Trukikaitis_Postimees, lk 190
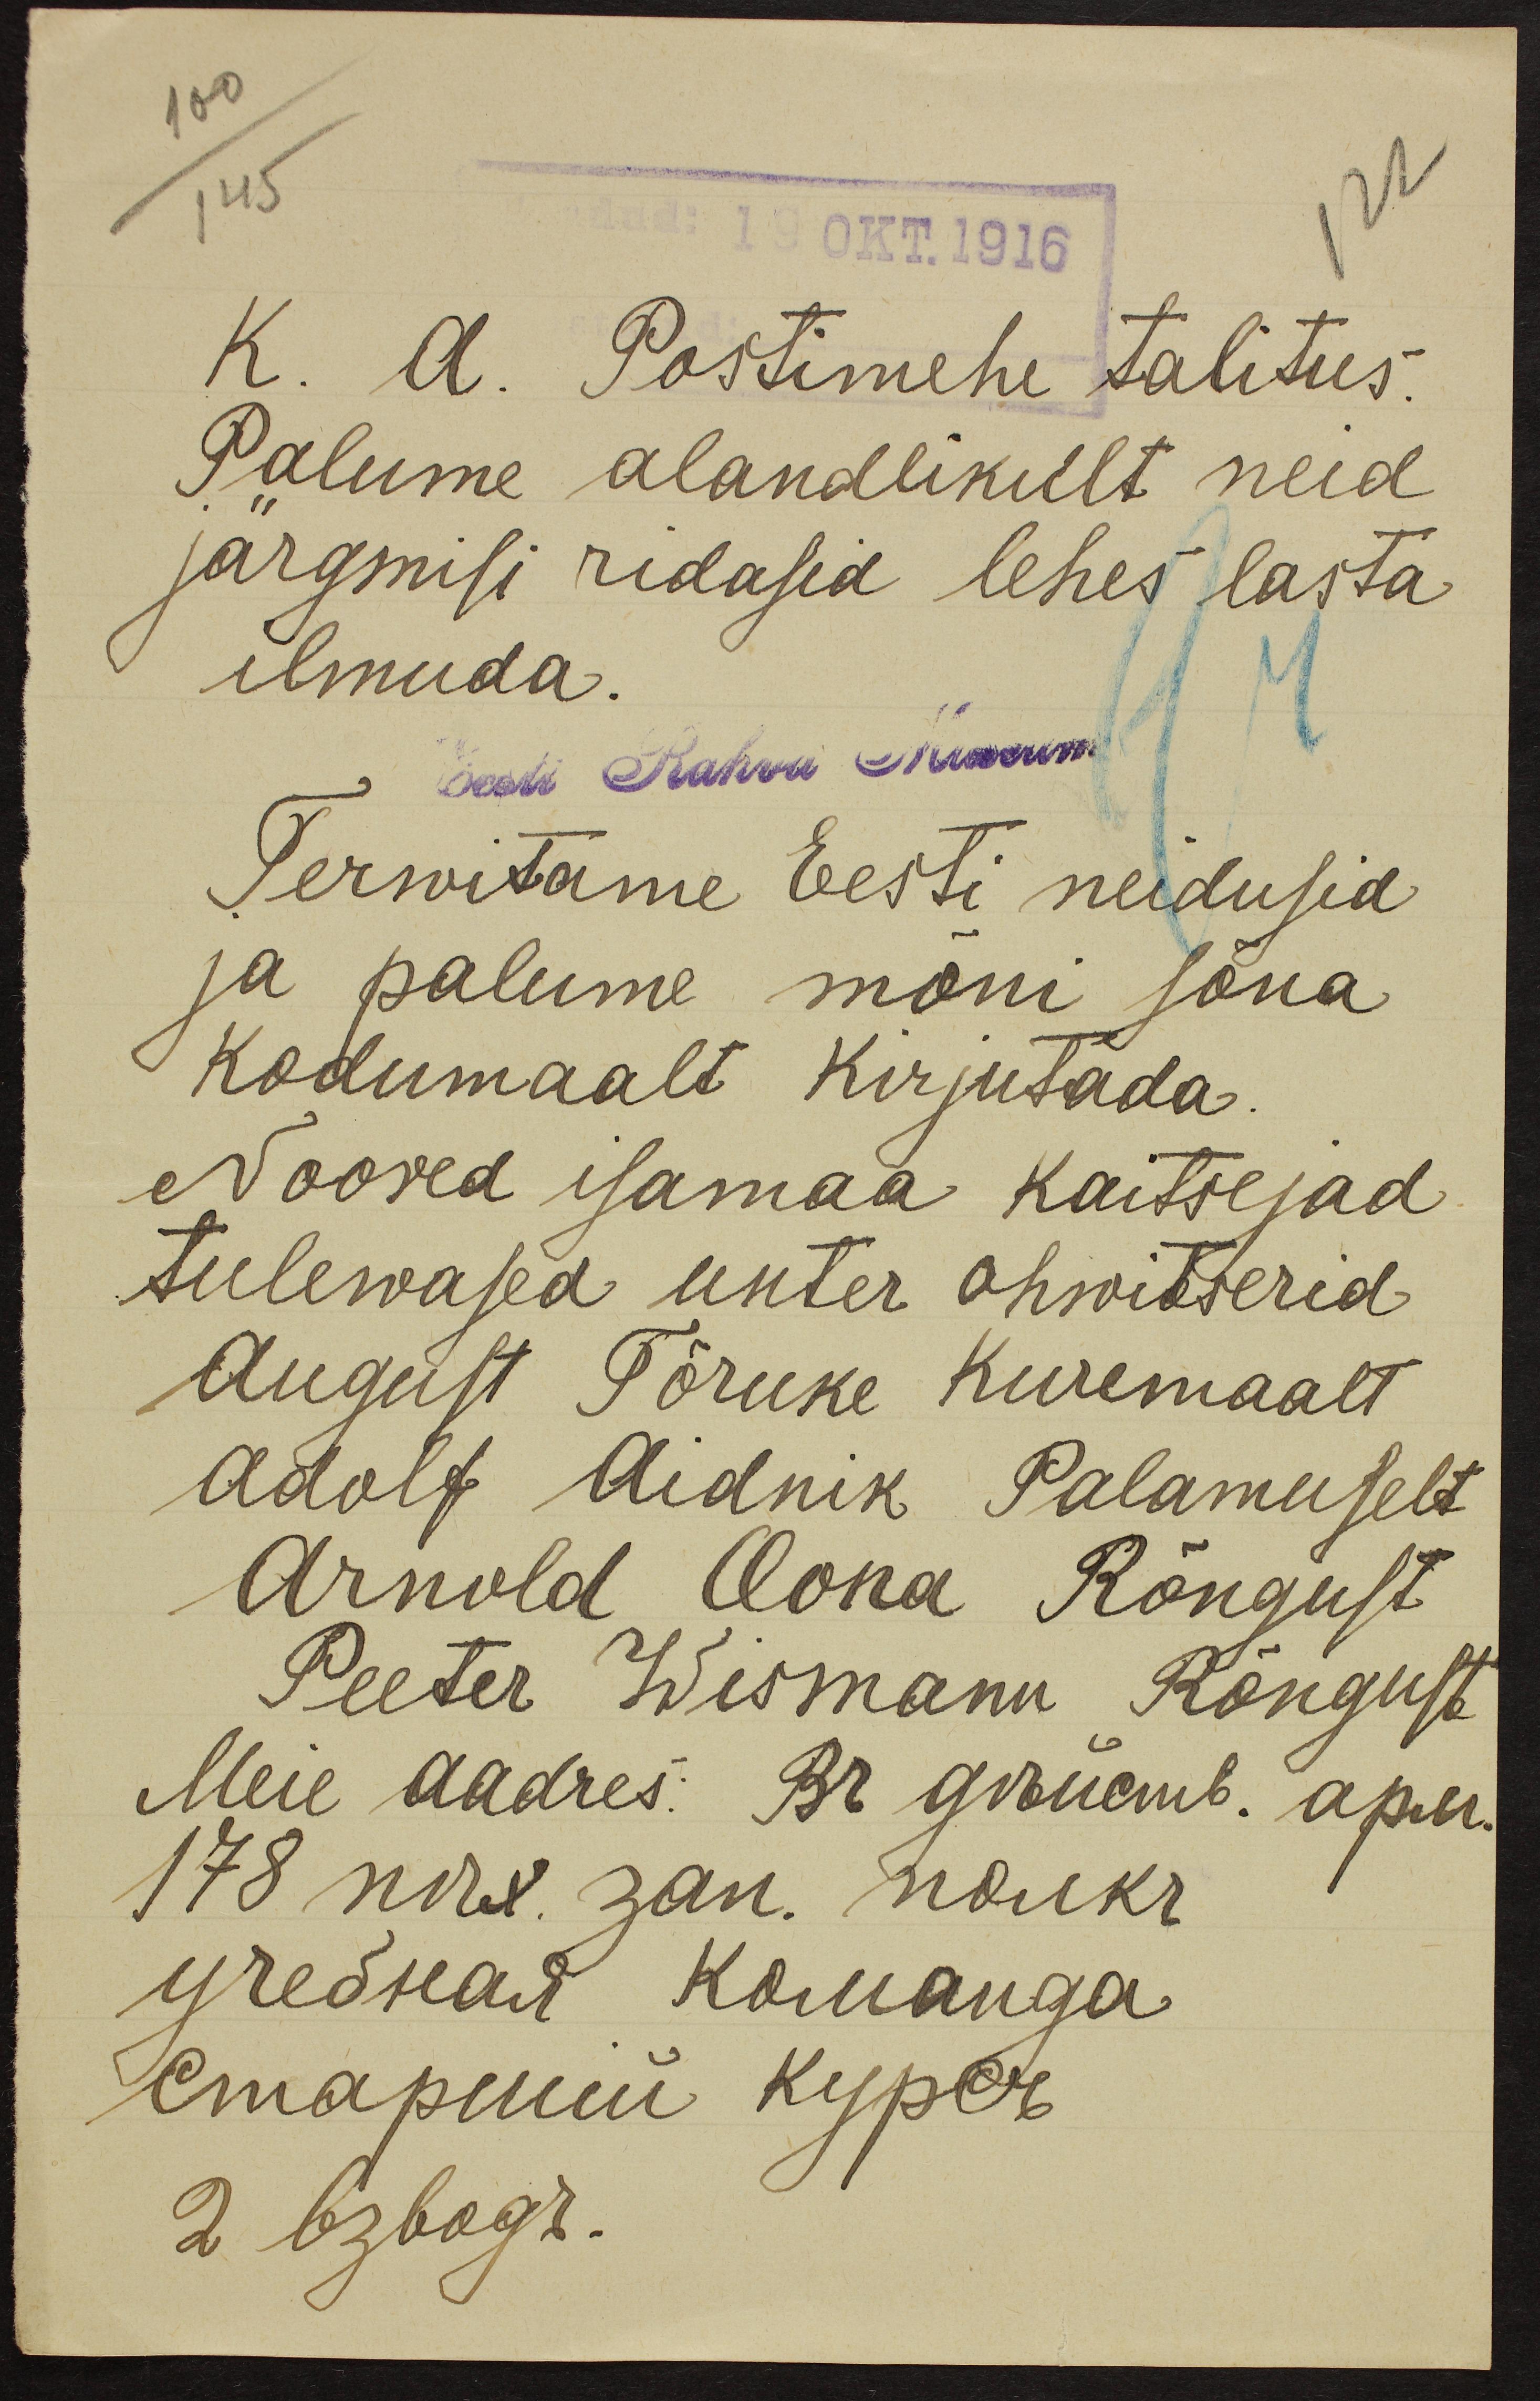
100
122
145
dud: 19 OKT.1916
K. A. Postimehe talitus.
Palume alandlikult neid
järgmisi ridasid lehes lasta
ilmuda.
Eest Rahva Museum
Terwitame Eesti neidusid
ja palume mõni sõna
kodumaalt kirjutada
Noored isamaa kaitsejad
tulewased unter ohwitserid
August Tõruke Kuremaalt
Adolf Aidnik Palamuselt
Arnold Oona Rõngust
Peeter Wismann Rõngust
Meie aadres: Br grümb. apuh